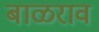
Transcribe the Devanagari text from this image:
बाळराव